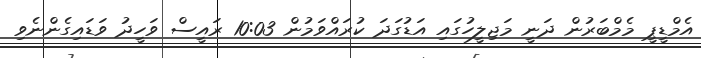
އެމްޑީޕީ މެމްބަރުން ދަނީ މަޖިލީހުގައި އަޑުގަދަ ކުރައްވަމުން 10:03 ރައީސް ވަހީދު ވަޑައިގެންނެވި